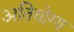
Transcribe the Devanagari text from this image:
अतियोग्य